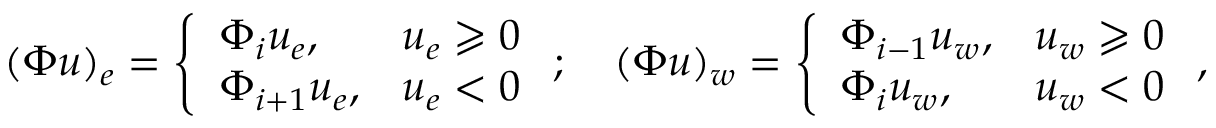
( \Phi u ) _ { e } = \left\{ \begin{array} { l l } { \Phi _ { i } u _ { e } , } & { u _ { e } \geqslant 0 } \\ { \Phi _ { i + 1 } u _ { e } , } & { u _ { e } < 0 } \end{array} \right. ; \quad ( \Phi u ) _ { w } = \left\{ \begin{array} { l l } { \Phi _ { i - 1 } u _ { w } , } & { u _ { w } \geqslant 0 } \\ { \Phi _ { i } u _ { w } , } & { u _ { w } < 0 } \end{array} \right. ,